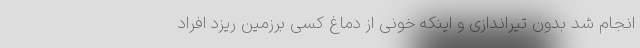
انجام شد بدون تیراندازی و اینکه خونی از دماغ کسی برزمین ریزد افراد